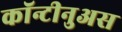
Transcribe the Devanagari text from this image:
कॉन्टीनुअस